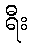
ရီး